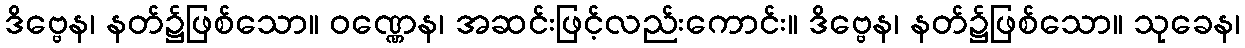
ဒိဗ္ဗေန၊ နတ်၌ဖြစ်သော။ ဝဏ္ဏေန၊ အဆင်းဖြင့်လည်းကောင်း။ ဒိဗ္ဗေန၊ နတ်၌ဖြစ်သော။ သုခေန၊